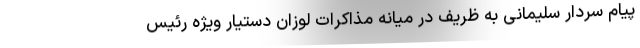
پیام سردار سلیمانی به ظریف در میانه مذاکرات لوزان دستیار ویژه رئیس